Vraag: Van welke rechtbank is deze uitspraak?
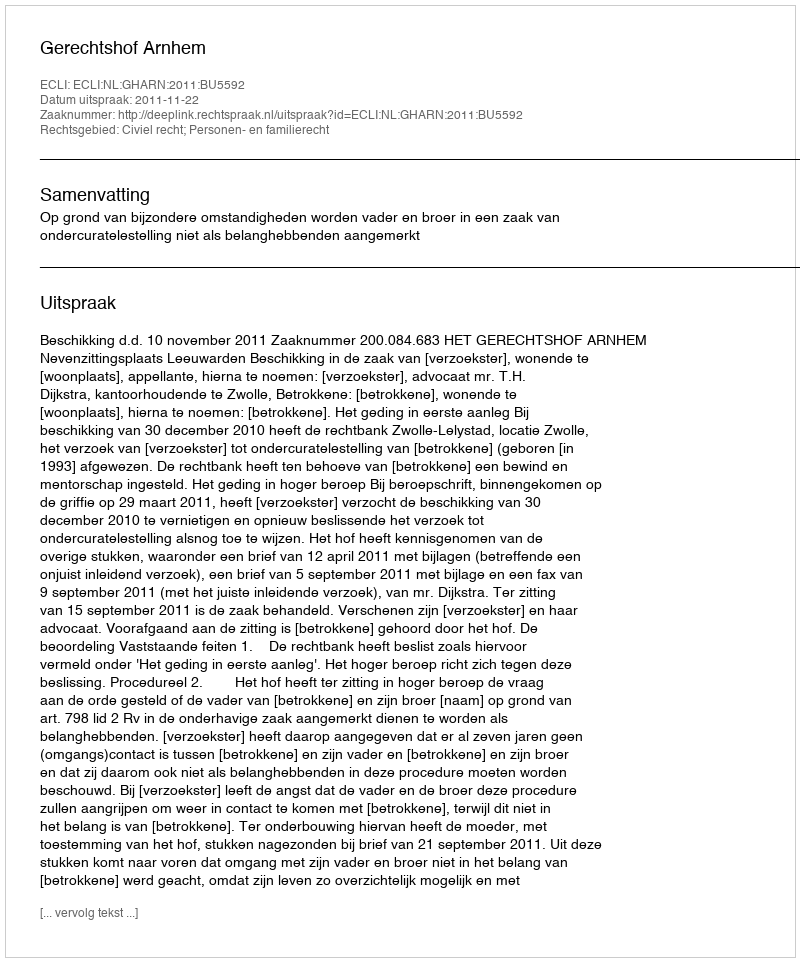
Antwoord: Gerechtshof Arnhem